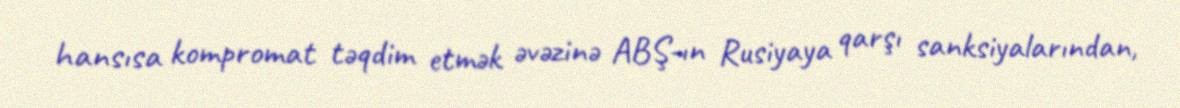
hansısa kompromat təqdim etmək əvəzinə ABŞ-ın Rusiyaya qarşı sanksiyalarından,